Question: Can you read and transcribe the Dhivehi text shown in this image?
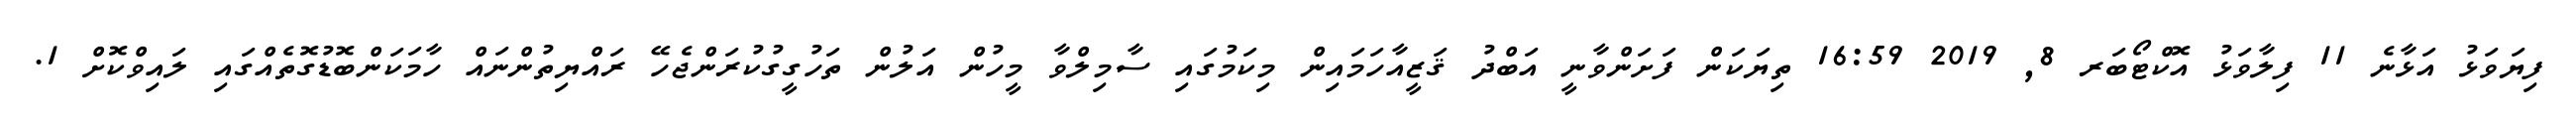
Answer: ފިޔަވަޅު އަޅާނެ 11 ފިލާވަޅު އޮކްޓޯބަރ 8, 2019 16:59 ތިޔަކަން ފަށަންވާނީ އަބްދު ޤަޒީއާހަމައިން މިކަމުގައި ސާމިލްވާ މީހުން އަލުން ތަހުގީގުކުރަންޖެހޭ ރައްޔިތުންނައް ހާމަކަންބޮޑުގޮތެއްގައި ލައިވްކޮށް 1.